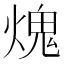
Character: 𤌋